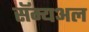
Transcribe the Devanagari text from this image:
सॅम्यअल